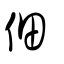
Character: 佃